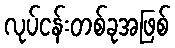
လုပ်ငန်းတစ်ခုအဖြစ်